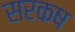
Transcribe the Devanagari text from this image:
सरकष